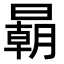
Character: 𣋂